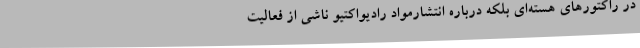
در راکتور‌های هسته‌ای بلکه درباره انتشارمواد رادیواکتیو ناشی از فعالیت